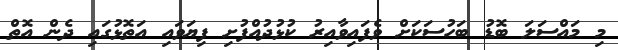
މި މައްސަލަ ބޮޑު ބަހުސަކަށް ވެފައިވާއިރު ކުޅުދުއްފުށި ފިޔަވައި އަތޮޅުގައި ދެން އޮތް